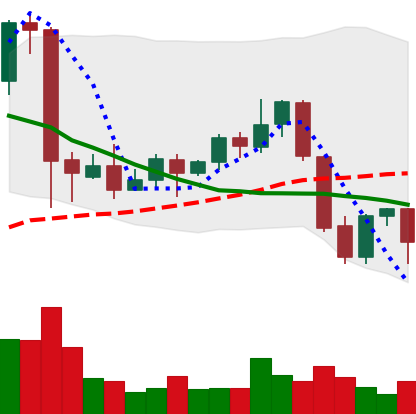
Ticker: EOS-USD
Chart end date: 2021-09-24
Forward return: -7.105%
Label: down_7plus